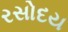
રસોદય